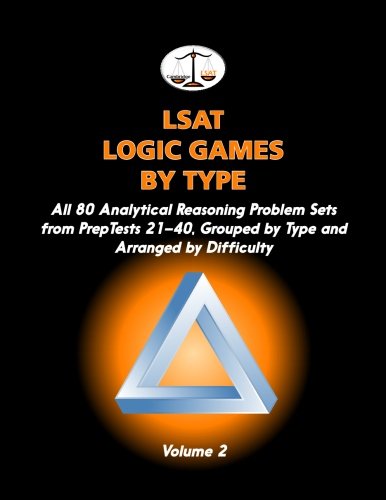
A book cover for LSAT Logic Games by Type, Volume 2: All 80 Analytical Reasoning Problem Sets from PrepTests 21-40, Grouped by Type and Arranged by Difficulty (Cambridge LSAT); Morley Tatro; Test Preparation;